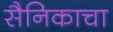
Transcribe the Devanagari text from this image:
सैनिकाचा